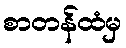
စာတန်ထံမှ